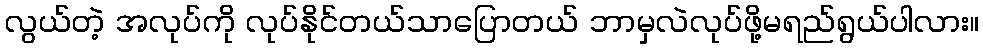
လွယ်တဲ့ အလုပ်ကို လုပ်နိုင်တယ်သာပြောတယ် ဘာမှလဲလုပ်ဖို့မရည်ရွယ်ပါလား။